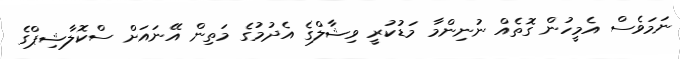
ނަމަވެސް އެމީހުން ގޮތެއް ނުނިންމާ މަޑުކުރީ ވިޝާލްގެ އެދުމުގެ މަތިން އޭނައަށް ސްކޮލާޝިޕްގެ